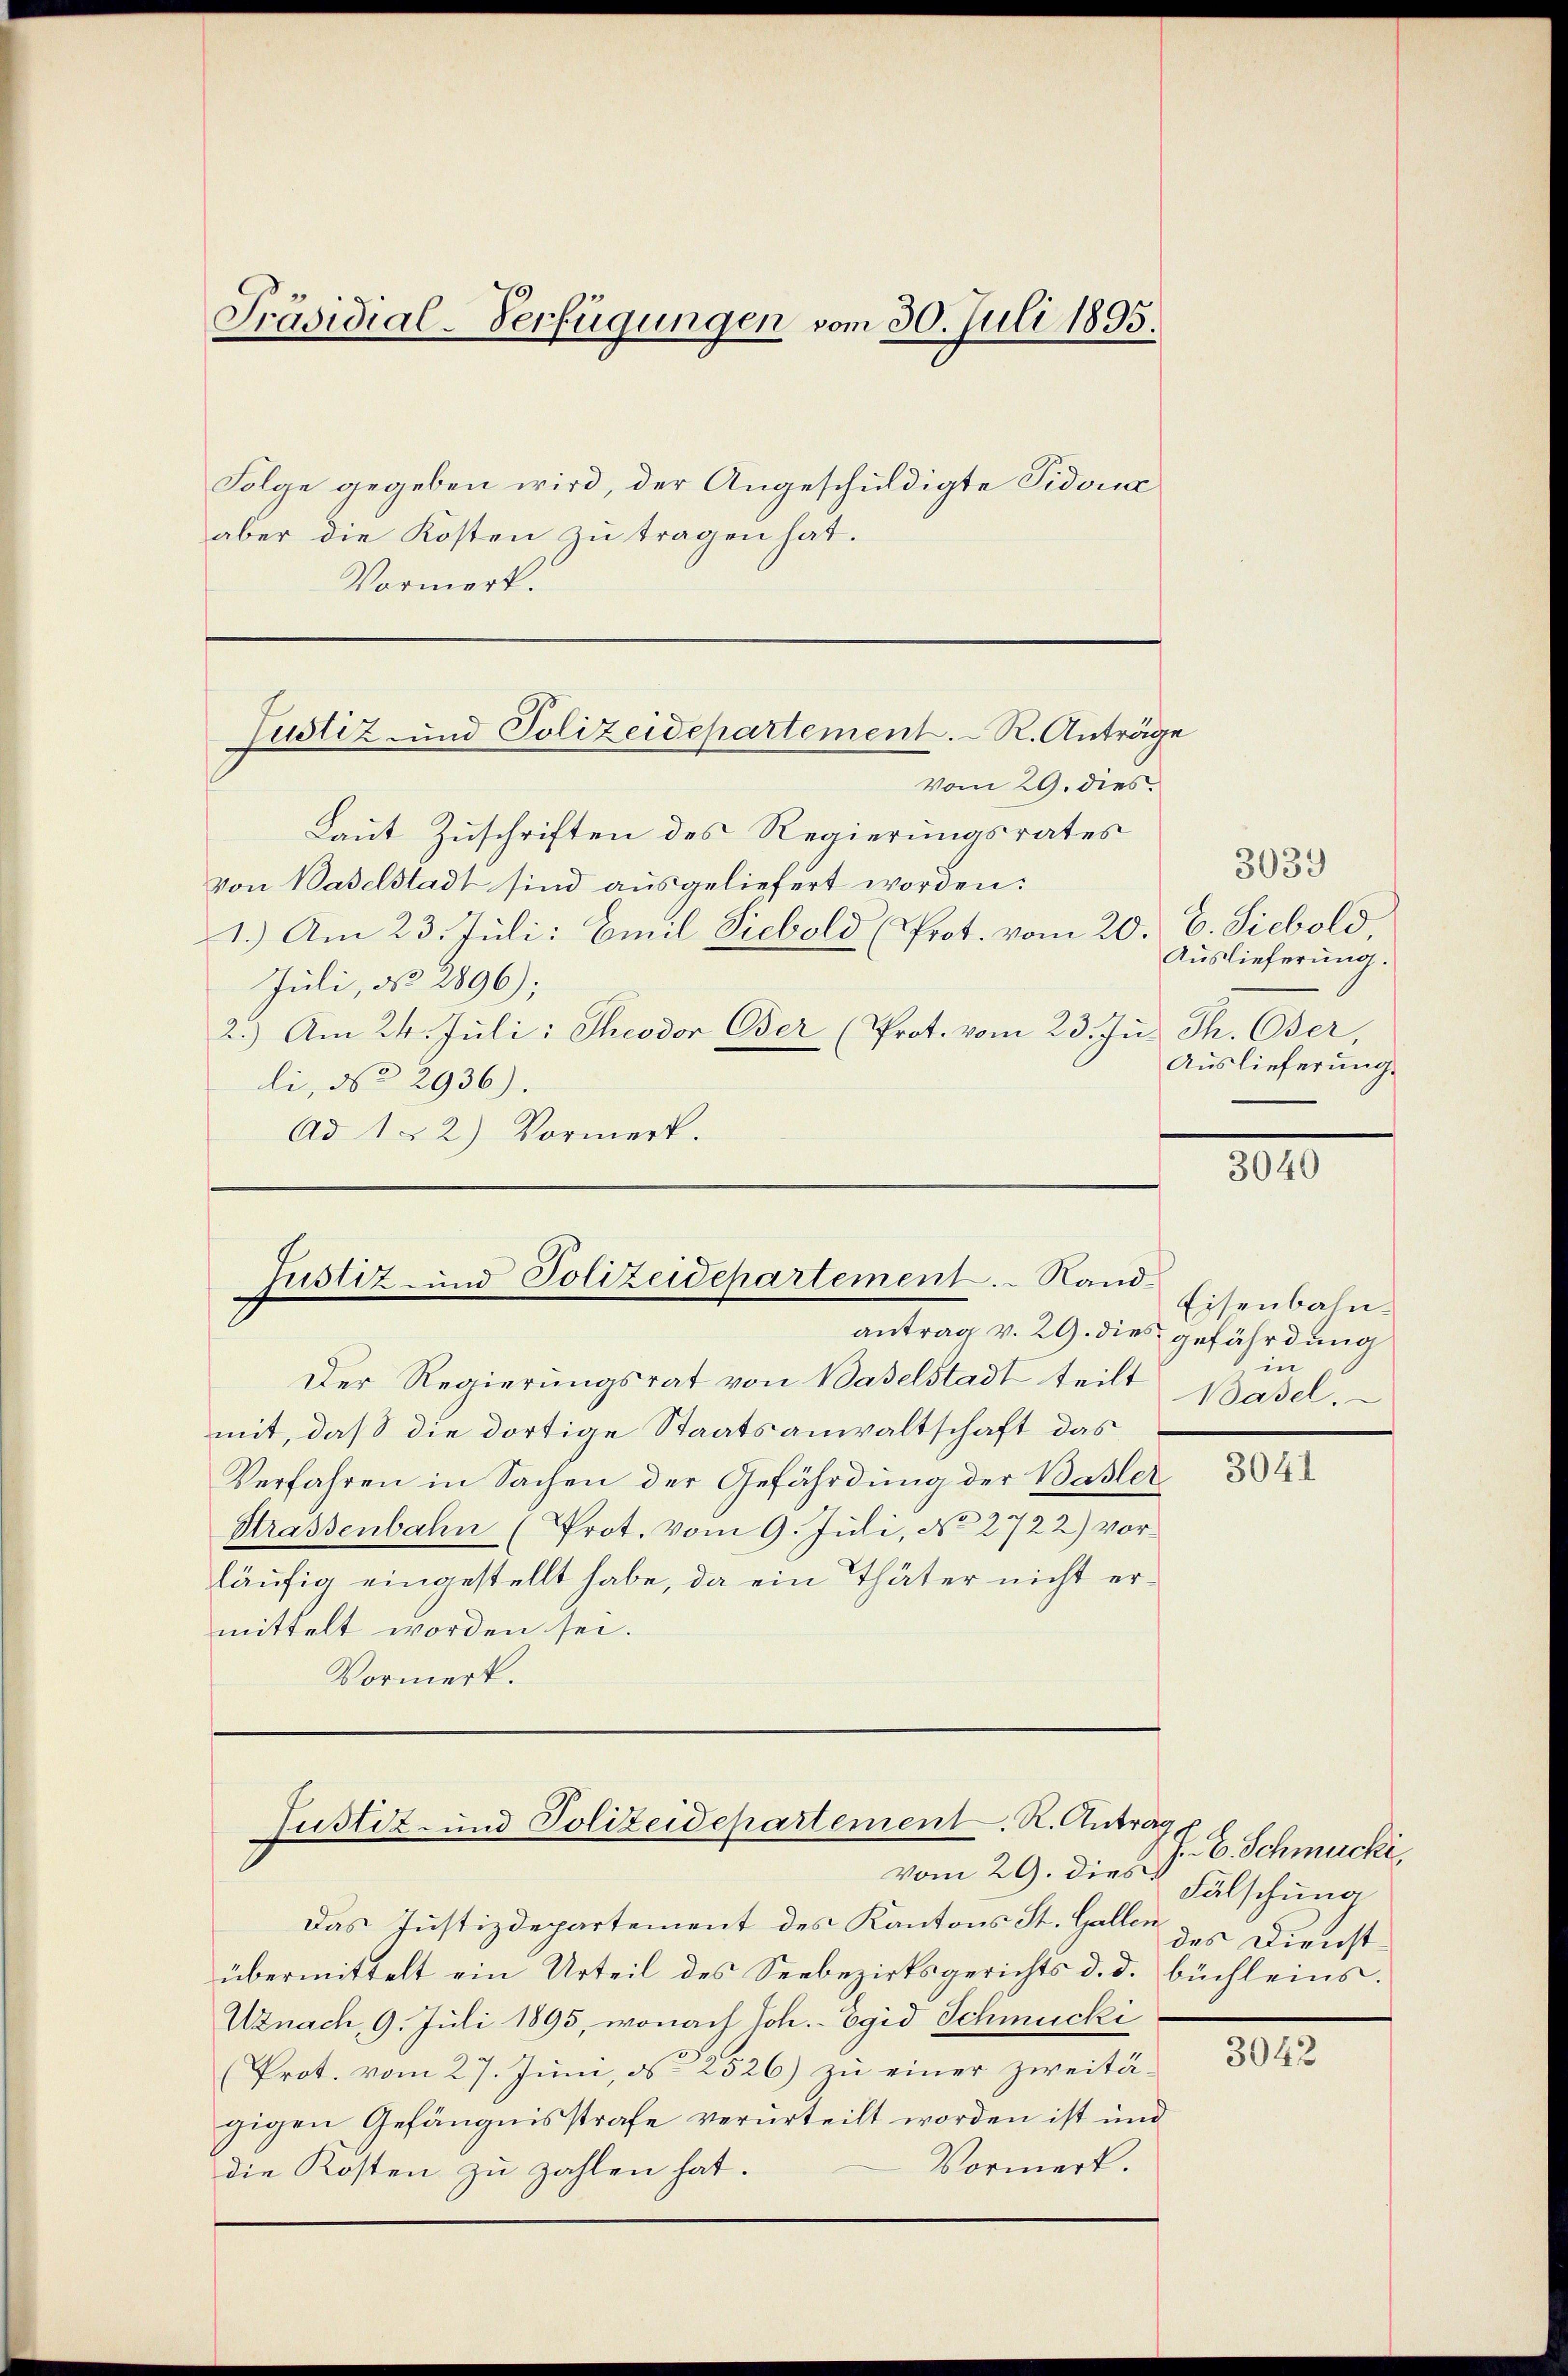
Präsidial-Verfügungen vom 30. Juli 1895.
Folge gegeben wird, der Angeschuldigte Tidona
aber die Kosten zu tragen hat.

Vormerk.
Laut Zuschriften des Regierungsrates
von Baselstadt sind ausgeliefert worden:
1.) Am 23. Juli: Emil Siebold (Prot. vom 20. E. Siebold,
Juli, No 2896);
2.) Am 24. Jŭli: Theodor Oser (Prot. vom 23. Ju. Th. Oser,
li, No 2936).
Ad 1. 2.) Vormerk.

Justiz- und Polizeidepartement. R. Anträge
vom 29. dies

Justiz- und Polizeidepartement. Rand-

Justiz- und Polizeidepartement. R. Antrag

antrag v. 29. dies gefährdung
Der Regierungsrat von Baselstadt teilt
mit, daß die dortige Staatsanwaltschaft das
Verfahren in Sachen der Gefährdung der Basler
Strassenbahn (Prot. vom 9. Juli, No 2722) vorläufig eingestellt habe, da ein Thäter nicht ermittelt worden sei.
Vormerk.

3039
Auslieferung.
Auslieferung.

vom 29. dies
Das Justizdepartement des Kantons St. Gallen des Dienstübermittelt ein Urteil des Seebezirksgerichts d. d. büchleins.
Uznach, 9. Juli 1895, wonach Joh. - Egid Schmucki
(Prot. vom 27. Juni, ca 2526) zu einer zweitägigen Gefängnisstrafe verurteilt worden ist und
Vormerk.
die Kosten zu zahlen hat.

3040

Eisenbahn
in
Basel.

3041

J. B. Schmucki,
Fälschung

3042